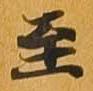
至